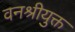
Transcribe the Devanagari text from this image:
वनश्रीयुक्त